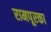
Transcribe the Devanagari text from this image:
रामपूरका